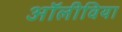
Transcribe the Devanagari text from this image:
अॉलीविया